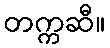
တက္ကဆီ။